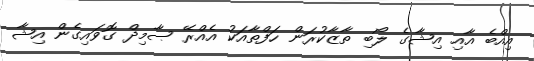
އިއްބެ އާއި އިޝާގެ ލޯބި ތާޒާކުރަން ހަފްތާއަކު އެއްރޭ ޞާމިދް ގޮވައިގެން އިޝާ